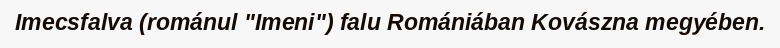
Imecsfalva (románul "Imeni") falu Romániában Kovászna megyében.